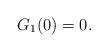
LaTeX: \begin{align*}G_{1}(0) = 0.\end{align*}